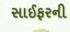
સાઈફરની